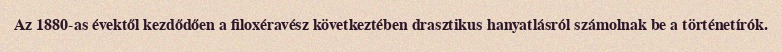
Az 1880-as évektől kezdődően a filoxéravész következtében drasztikus hanyatlásról számolnak be a történetírók.